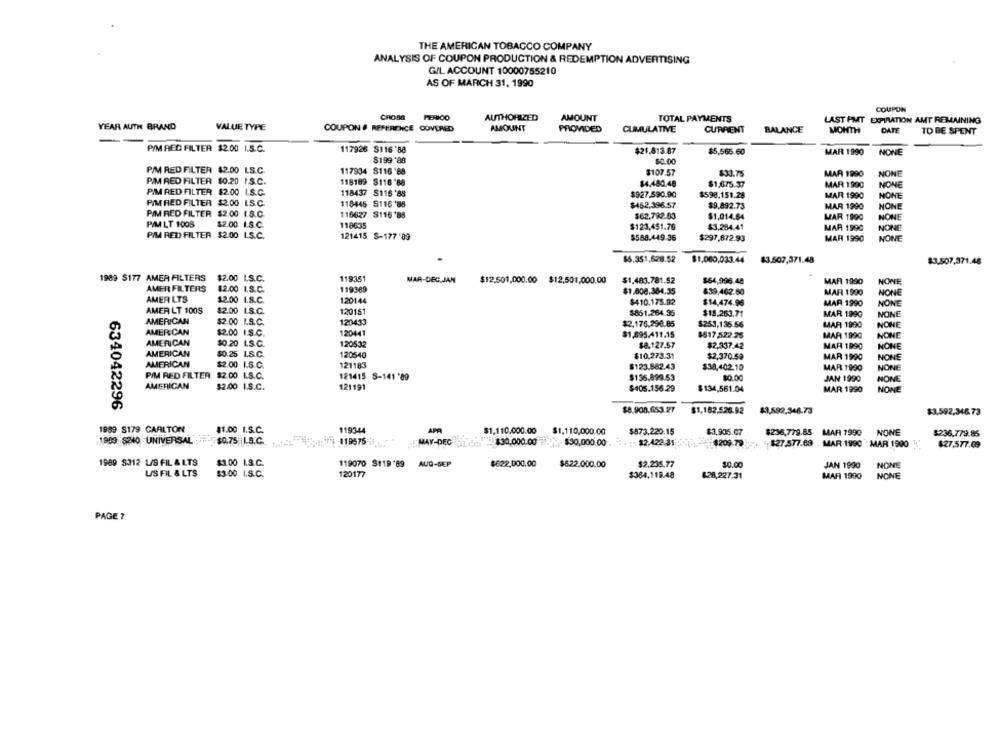
THE AMERICAN TOBACCO COMPANY
ANALYSIS OF COUPON PRODUCTION & REDEMPTION ADVERTISING
G/L ACCOUNT 10000755210
AS OF MARCH 31, 1990
COUPON
CROSS
AUTHORIZED
AMOUNT
TOTAL PAYMENTS
LAST FMT EXPIRATION AMT REMAINING
YEAR AUTH BRAND
VALUE TYPE
COUPON # REFERENCE COVERED
AMOUNT
PROVIDED
CUMULATIVE
CURRENT
BALANCE
MONTH
DATE
TO BE SPENT
PIM RED FILTER $2.00 I.S.C.
117926
S116 '88
$21.813.87
$5,566.60
MAR 1990
NONE
$199 '88
$0.00
PIM RED FILTER $2.00 L.S.C.
117934 $116 '88
$107.57
$33.75
MAR 1990
NONE
PIM RED FILTER $0.20 I.S.C.
118189 $116 '88
$4.480.48
$1,675.37
MAR 1990
NONE
PIM RED FILTER $2.00 I.S.C.
118437 S116'88
$927.590.90
$598.151.28
MAR 1990
NONE
PIM RED FILTER $2.00 LS.C.
118445 S116 '85
$452,396.57
$9,892.73
MAR 1990
NONE
PIM RED FILTER $2.00 1.8.0.
116627 S116'88
$62.792.03
$1,014.64
MAR 1990
PAM LT 1005
$2.00 L.S.C.
118635
MAR 1990
$123,451.76
$3.284.41
NONE
PIM RED FILTER $2.00 L.S.C.
121415 S-177 '89
$588.449.36
$297,672.93
MAR 1990
NONE
$6.351,628.52
$1,080,033.44
83.507,371.48
$3,507,371.48
1989 $177 AMER FILTERS
$2.00 LS.C.
119351
MAR-DEC.JAN
$12,501,000.00 $12,501,000,00
$1,483.781.52
$64,996.48
MAR 1990
NONE
AMER FILTERS
$2.00 I.S.C.
119369
$1.008.384.35
839,462.60
MAR 1990
AMER LTS
$2.00 I.S.C.
120144
$410.175.92
$14,474.96
MAR 1990
NONE
NONE
AMER LT 100S
$2.00 I.S.C.
120151
$851.264.35
$15.263.71
MAR 1990
NONE
AMERICAN
$2.00 I.S.C.
120433
$2,176.290.85
MAF 1990
AMERICAN
$253,135.56
$2.00 I.S.C.
120441
$1,895.411.15
$517,522.25
MAR 1990
NONE
AMERICAN
$0.20 L.S.C.
120532
$8.127.57
$2,337.42
MAR 1990
NONE
AMERICAN
$0.25 LS.C.
120540
$10,273.31
$2,370.58
MAR 1990
NOME
AMERICAN
$2.00 I.S.C.
121183
$123.562.43
$38,402.10
MAR 1990
NONE
PIM RED FILTER $2.00 I.S.C.
121415 S-141 '89
$156.899.53
$0.00
JAN 1990
NONE
AMERICAN
$2.00 I.S.C.
121191
$405.156.29
$134,561.04
MAR 1990
NONE
634042296
$8.908,653.27
$1,182.526.92
$3,592,346.73
$3,592,346.73
1989 S179 CARLTON
$1.00 I.S.C.
119344
$1,110,000.00
$1,110,000.00
$873.220.15
$3,905.07
$236,779.85 MAR 1990
NONE
$236.779.85
1949 $240 UNIVERSAL
$0.75 L.S.C.
-119575
MAY-DEC
$30,000.00
$30,000.00
$2,422.31
$27.577.69 . MAR 1990 MAR 1900
0209.79 ;
$27,577.09
1989 S312 L/S FIL & LTS
$3.00 1.8.C.
119070 8119'89 AUG-SEP
$622,000.00
$622.000.00
$2,235.77
10.00
JAN 1990
NONE
US FIL & LTS
$3.00 I.S.C.
120177
$364,119.48
$28,227.31
MAR 1990
NONE
PAGE ?